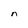
Character: n